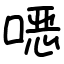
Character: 𫫇